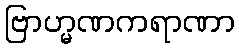
ဗြာဟ္မဏကရာဏာ